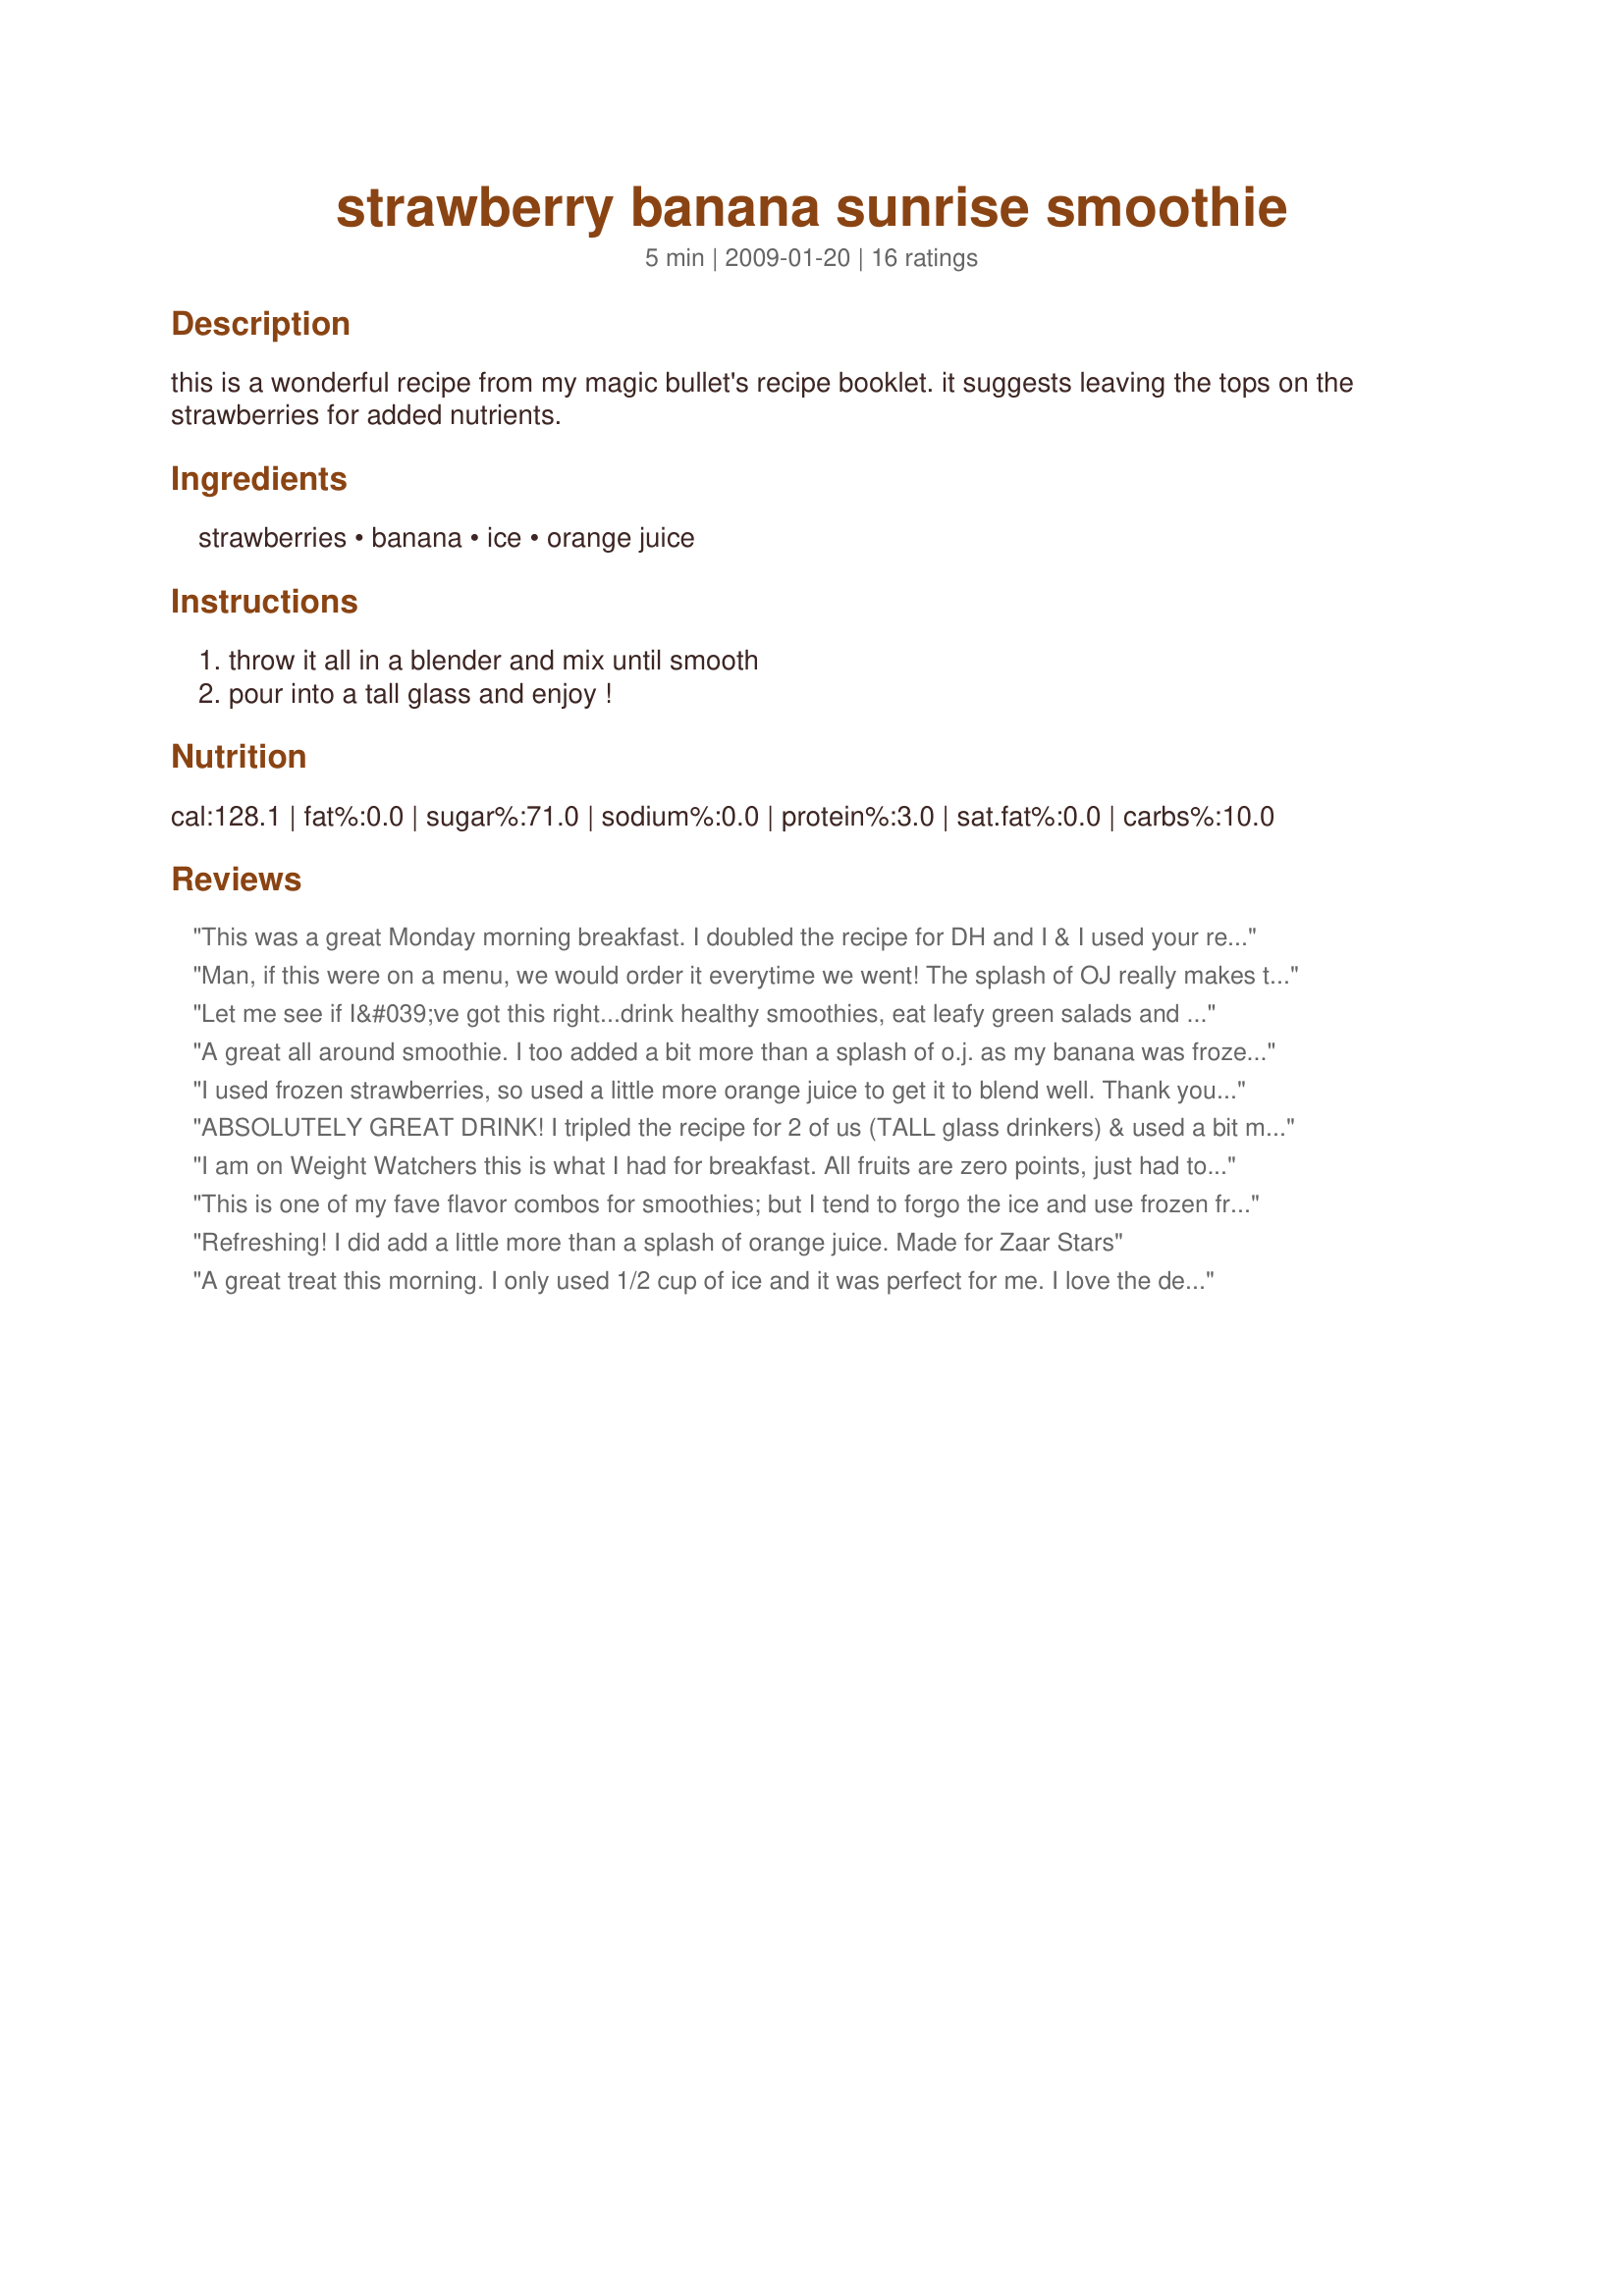
strawberry banana sunrise smoothie
Preparation time: 5 minutes

this is a wonderful recipe from my magic bullet's recipe booklet. it suggests leaving the tops on the strawberries for added nutrients.

Ingredients:
strawberries, banana, ice, orange juice

Steps:
throw it all in a blender and mix until smooth, pour into a tall glass and enjoy !

Reviews:
This was a great Monday morning breakfast. I doubled the recipe for DH and I & I used your recipe#341808 so I only used 1/2 the ice and added a smidge more OJ and because I had fresh strawberries on hand I wished them and left the tops on and although I could not taste them I am always up for added nutrients! Made for Veg*n Swap March 2010 for my chosen chef! :)
Man, if this were on a menu, we would order it everytime we went! The splash of OJ really makes this smoothie stand out above the others. It's the perfect combination of flavors, and no brain-freeze. Although we can't get ourselves to leave the stems on the berries, this will definitely become a regular treat at our house! Thanks for posting, this is one terrific smoothie! :)
Let me see if I&#039;ve got this right...drink healthy smoothies, eat leafy green salads and exercise because we believe all this will make us healthy and live a little longer? Now that&#039;s some good advice. Wishing it were something I would do a little more of. Well, here&#039;s to a delicious start!! (Threw in a couple blueberries.) Made for AZ/N Recipe Tag #80
A great all around smoothie. I too added a bit more than a splash of o.j. as my banana was frozen. Cut back on the ice too:-) 
Made for Veg-n-swap.
I used frozen strawberries, so used a little more orange juice to get it to blend well. Thank you for a delicious drink!
ABSOLUTELY GREAT DRINK! I tripled the recipe for 2 of us (TALL glass drinkers) & used a bit more than a 'splash' of OJ, as well as frozen bananas along with fresh strawberries & no ice ~ Couldn't have been better! Thanks for a great keeper of a recipe! [Tagged, made & reviewed in Zaar Stars tag]
I am on Weight Watchers this is what I had for breakfast. All fruits are zero points, just had to count the splash of orange juice. Very good and a quick breakfast, will be making this quite often.
This is one of my fave flavor combos for smoothies; but I tend to forgo the ice and use frozen fruit. I used the orange juice (added a bit more than a splash though), frozen unsweetened strawberries, banana slices that I had frozen while fresh. This created a slushy cold smoothie that tasted great, even if it was a cold morning! Thanks for sharing mersaydees; I will make this again. Made for Please Review My Recipe tag game.
Refreshing! I did add a little more than a splash of orange juice. Made for Zaar Stars
A great treat this morning. I only used 1/2 cup of ice and it was perfect for me. I love the deep red color from the strawberries and the creaminess from the banana. A winner of a recipe. Made for VEG*N TAG.
Totally delicious but I had to add more than a dash orange juice to make it blend in my blender. It also didn't turn out to be a full glass but I didn't use the ice. I love that it is vegan. Though this is not properly food combined as per http://www.momssoapbox.com/wp-content/uploads/2009/07/food_combining.jpg. I used commercial orange juice, fresh strawberries as I prefer them and no ice but my banana was cold. I would like to make this again with freshly squeezed orange juice. Made for Veggie Swap 26 ~ September 2010.
This was SO tasty and refreshing! I made this after a particularly strenuous work out and it hit the spot. I used my Magic Bullet and had a hard time fitting everything in, so I left the ice out to see if I'd need it (my strawberries were frozen and often I don't need ice because of this). It came out very thick even without the ice so I added some more juice until it was the perfect consistency. This was the perfect smoothie and I will be making it again for sure! (P.S. I used Orange-Tangerine Juice.)
I love smoothies and this was no exception!!! This has my favorite fruit combination. I used some unsweetened frozen strawberries, fresh banana and then some OJ. I like that it is all fruit and because of using frozen strawberries, no need to add the ice. Thanks Mersaydees for posting. Made for Holiday Tag.
Great healthy smoothie! I had frozen strawberries so only used 1/2 cup of ice, and used about 2T OJ and 2T water to get a good consistency. Thanks for sharing your recipe!
To make this, I picked the strawberries out of my Fiesta Blend frozen fruit and then used about a cup of orange juice and no ice. It's very good! My 5yo even said I have to make it again so the 13yo (who is at school) can try it! I think I'll be adding bag-o-strawberries to my shopping list! Thanks! Reviewed for the Veg*n Recipe Swap.
We loved this smoothie! I doubled the recipe and used frozen sliced strawberries that I thawed in the refrigerator. There was some juice in the strawberries so I added it in too along with 2 ripe bananas, about 1/2 cup of orange juice and 1 1/2 cups of ice cubes. Wonderful flavor, I think the orange juice makes this smoothie have a very fresh flavor. Thank you so much mersaydees for posting this recipe. Made and reviewed for the Vegetarian/Vegan Forum Recipe Swap #7.
